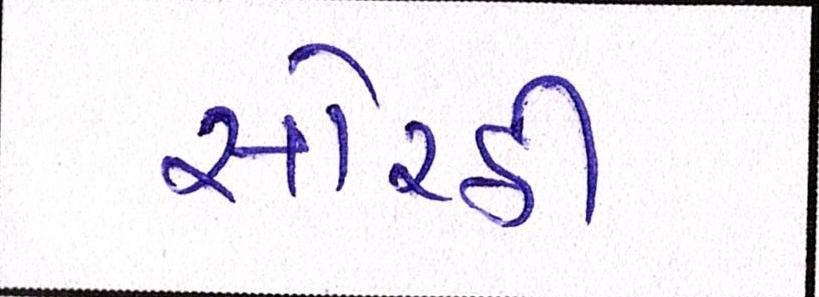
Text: સોરઠી